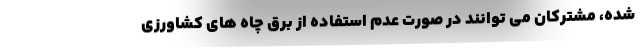
شده، مشترکان می توانند در صورت عدم استفاده از برق چاه های کشاورزی